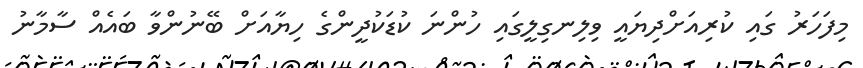
މިފަހަރު ގައި ކުރިއަށްދިޔައީ ވިލިނގިލީގައި ހުންނަ ކުޑަކުދީންގެ ހިޔާއަށް ބޭނުންވާ ބައެއް ސާމާނު